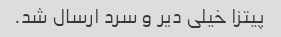
پیتزا خیلی دیر و سرد ارسال شد.